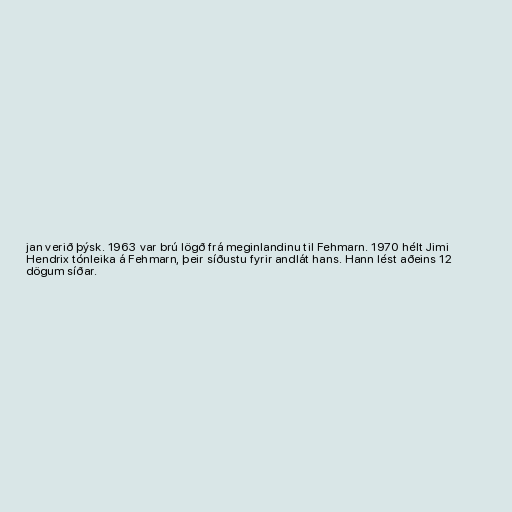
jan verið þýsk. 1963 var brú lögð frá meginlandinu til Fehmarn. 1970 hélt Jimi
Hendrix tónleika á Fehmarn, þeir síðustu fyrir andlát hans. Hann lést aðeins 12
dögum síðar.